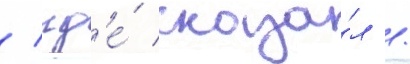
/ гд'е́ сказа́л /